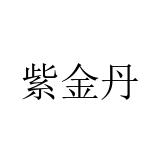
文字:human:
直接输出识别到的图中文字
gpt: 紫金丹